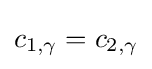
c_{1,\gamma }=c_{2,\gamma }